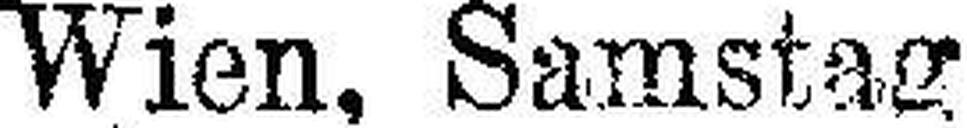
Wien, Samstag